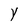
Character: Y